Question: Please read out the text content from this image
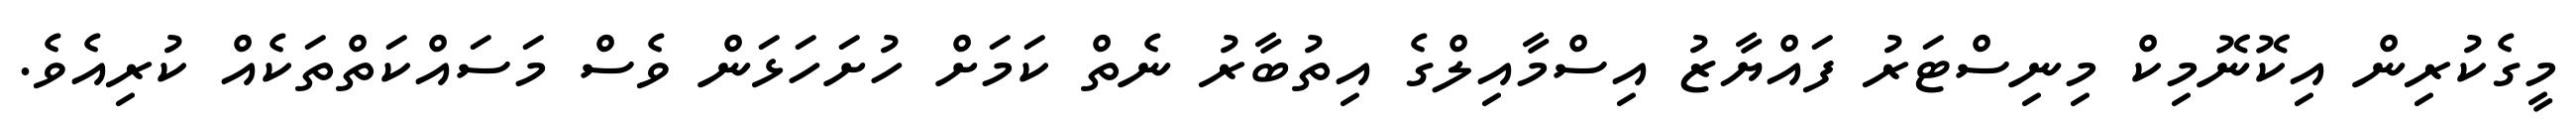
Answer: މީގެކުރިން އިކޮނޮމިކް މިނިސްޓަރު ފައްޔާޒު އިސްމާއިލްގެ އިތުބާރު ނެތް ކަމަށް ހުށަހަޅަން ވެސް މަސައްކަތްތަކެއް ކުރިއެވެ.